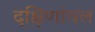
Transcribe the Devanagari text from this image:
दक्षिणांचल